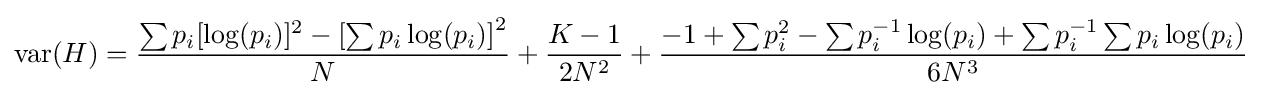
\operatorname {var} (H)={\frac {\sum p_{i}[\log(p_{i})]^{2}-\left[\sum p_{i}\log(p_{i})\right]^{2}}{N}}+{\frac {K-1}{2N^{2}}}+{\frac {-1+\sum p_{i}^{2}-\sum p_{i}^{-1}\log(p_{i})+\sum p_{i}^{-1}\sum p_{i}\log(p_{i})}{6N^{3}}}